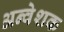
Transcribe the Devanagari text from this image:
अन्वेशक